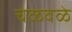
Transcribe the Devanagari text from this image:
चळवळे